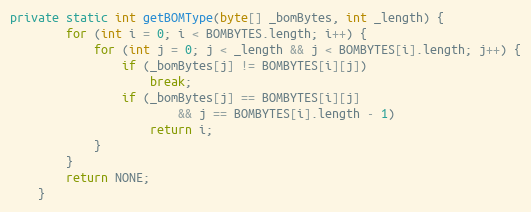
Language: Java
private static int getBOMType(byte[] _bomBytes, int _length) {
		for (int i = 0; i < BOMBYTES.length; i++) {
			for (int j = 0; j < _length && j < BOMBYTES[i].length; j++) {
				if (_bomBytes[j] != BOMBYTES[i][j])
					break;
				if (_bomBytes[j] == BOMBYTES[i][j]
						&& j == BOMBYTES[i].length - 1)
					return i;
			}
		}
		return NONE;
	}